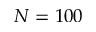
N = 1 0 0